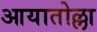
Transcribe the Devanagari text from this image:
आयातोल्ला